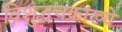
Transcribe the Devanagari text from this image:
विशुद्धचक्राख्ये